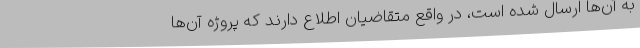
به آن‌ها ارسال شده است، در واقع متقاضیان اطلاع دارند که پروژه آن‌ها